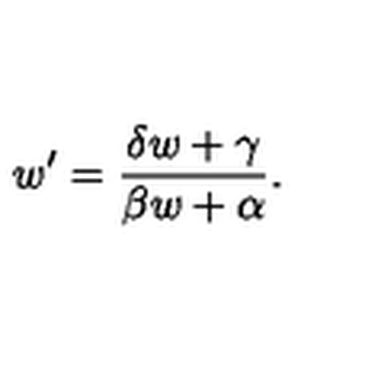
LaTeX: w ^ { \prime } = { \frac { \delta w + \gamma } { \beta w + \alpha } } .